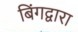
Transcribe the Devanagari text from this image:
बिंगद्वारा